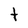
Character: t